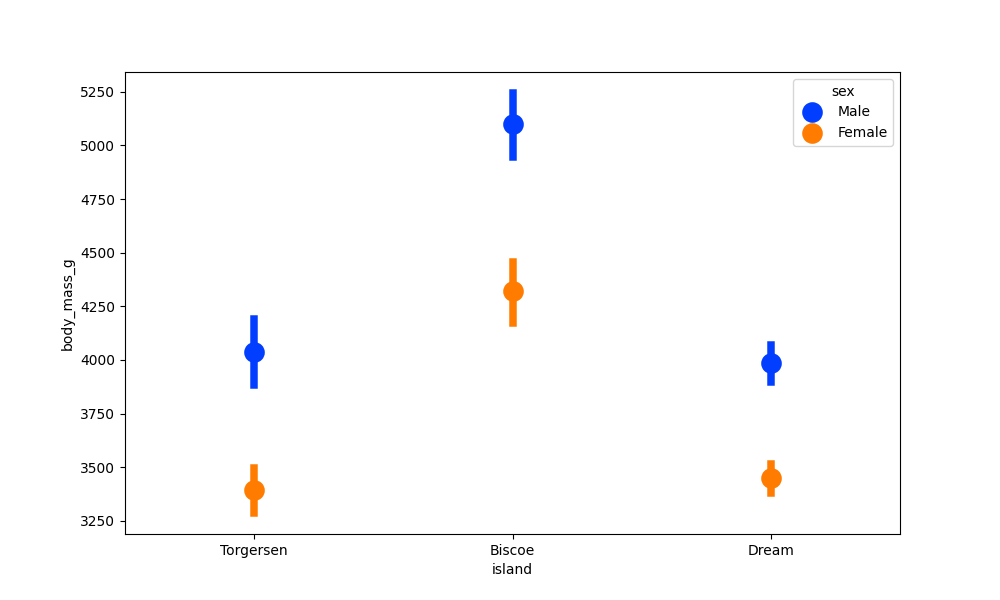
python, seaborn, pointplot, scale=2.0, join=False, hue='sex', palette='bright'